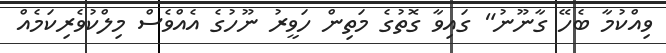
ވިއްކުމާ ބެހޭ ގާނޫނު" ގައިވާ ގޮތުގެ މަތިން ހަވީރު ނޫހުގެ އެއްވެސް މިލްކުވެރިކަމެއް